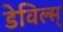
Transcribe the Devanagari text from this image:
डेविल्स्